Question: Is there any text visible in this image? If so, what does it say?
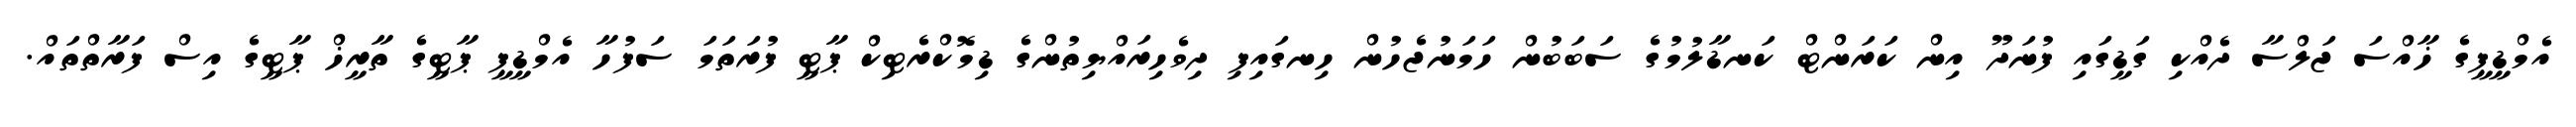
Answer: އެމްޑީޕީގެ ޚާއްސަ ޖަލްސާ ދެއްކި ގަޑީގައި ފުނަދޫ އިން ކަރަންޓް ކަނޑާލުމުގެ ސަބަބުން ހަމަނުޖެހުން ހިނގައިފި ދިވެހިރައްޔިތުންގެ ޑިމޮކްރެޓިކް ޕާޓީ ފުރަތަމަ ސަފުހާ އެމްޑީޕީ ޕާޓީގެ ތާރީޚް ޕާޓީގެ އިސް ފަރާތްތައް.